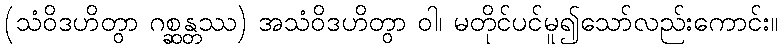
(သံဝိဒဟိတွာ ဂစ္ဆန္တဿ) အသံဝိဒဟိတွာ ဝါ၊ မတိုင်ပင်မူ၍သော်လည်းကောင်း။